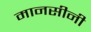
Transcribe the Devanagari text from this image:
मानसीनी